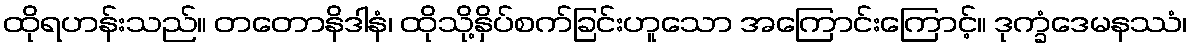
ထိုရဟန်းသည်။ တတောနိဒါနံ၊ ထိုသို့နှိပ်စက်ခြင်းဟူသော အကြောင်းကြောင့်။ ဒုက္ခံဒေမနဿံ၊